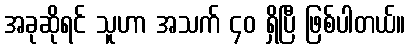
အခုဆိုရင် သူဟာ အသက် ၄၀ ရှိပြီ ဖြစ်ပါတယ်။